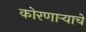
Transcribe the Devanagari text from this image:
कोरणार्‍याचे